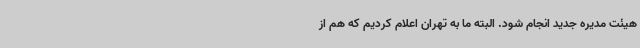
هیئت مدیره جدید انجام شود. البته ما به تهران اعلام کردیم که هم از